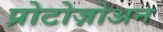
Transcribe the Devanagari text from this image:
प्रोटोज़ोअन